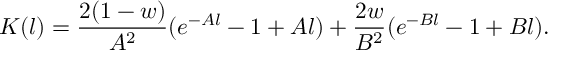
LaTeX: K ( l ) = { \frac { 2 ( 1 - w ) } { A ^ { 2 } } } ( e ^ { - A l } - 1 + A l ) + { \frac { 2 w } { B ^ { 2 } } } ( e ^ { - B l } - 1 + B l ) .